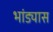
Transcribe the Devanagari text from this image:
भांड्यास